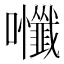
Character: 𭍃